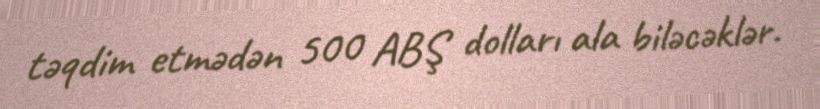
təqdim etmədən 500 ABŞ dolları ala biləcəklər.